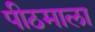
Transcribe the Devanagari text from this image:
पीठमाला